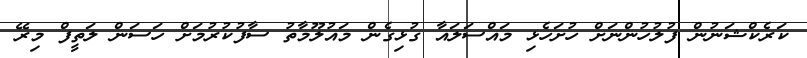
ކަރެކްޝަނުން ފުލުހުންނަށް ހުށަހެޅި މައްސަލައާ ގުޅިގެން މައުލޫމާތު ސާފުކުރުމަށް ހަސަން ލަތީފް މިރޭ